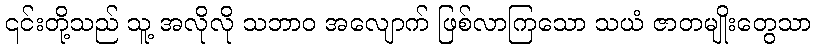
၎င်းတို့သည် သူ့ အလိုလို သဘာဝ အလျောက် ဖြစ်လာကြသော သယံ ဇာတမျိုးတွေသာ